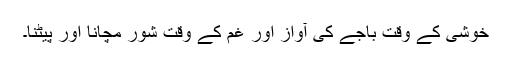
خوشی کے وقت باجے کی آواز اور غم کے وقت شور مچانا اور پیٹنا۔